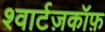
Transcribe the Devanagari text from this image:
श्वार्टज़कॉफ़